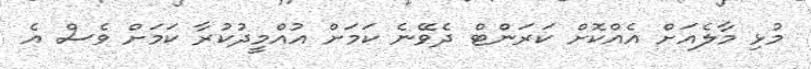
މުޅި މާލެއަށް އެއްކޮށް ކަރަންޓް ދެވޭނެ ކަމަށް އުއްމީދުކުރާ ކަމަށް ވެސް އެ